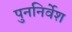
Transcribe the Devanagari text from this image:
पुननिर्वेश